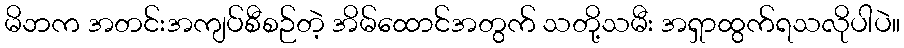
မိဘက အတင်းအကျပ်စီစဉ်တဲ့ အိမ်ထောင်အတွက် သတို့သမီး အရှာထွက်ရသလိုပါပဲ။